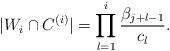
LaTeX: \begin{align*} |W_i \cap C^{(i)}| = \prod_{l=1}^{i} \frac{\beta_{j+l-1}}{c_{l}}.\end{align*}